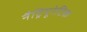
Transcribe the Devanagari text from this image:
नैट्रियूरेटिक